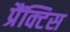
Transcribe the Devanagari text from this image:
प्रैंक्टिस